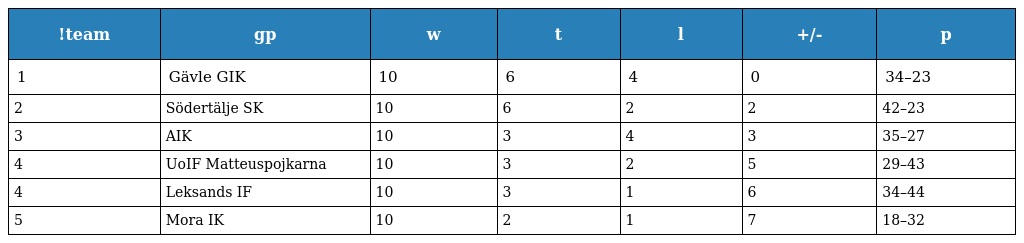
| !team | gp | w | t | l | +/- | p |
 | --- | --- | --- | --- | --- | --- | --- |
 | 1 | Gävle GIK | 10 | 6 | 4 | 0 | 34–23 |
 | 2 | Södertälje SK | 10 | 6 | 2 | 2 | 42–23 |
 | 3 | AIK | 10 | 3 | 4 | 3 | 35–27 |
 | 4 | UoIF Matteuspojkarna | 10 | 3 | 2 | 5 | 29–43 |
 | 4 | Leksands IF | 10 | 3 | 1 | 6 | 34–44 |
 | 5 | Mora IK | 10 | 2 | 1 | 7 | 18–32 |